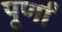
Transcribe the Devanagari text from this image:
पूर्णां